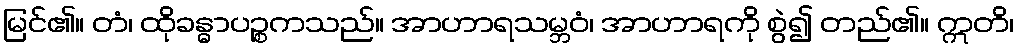
မြင်၏။ တံ၊ ထိုခန္ဓာပဉ္စကသည်။ အာဟာရသမ္ဘဝံ၊ အာဟာရကို စွဲ၍ တည်၏။ ဣတိ၊